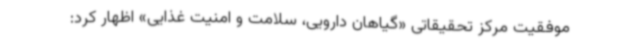
موفقیت مرکز تحقیقاتی «گیاهان دارویی، سلامت و امنیت غذایی» اظهار کرد: